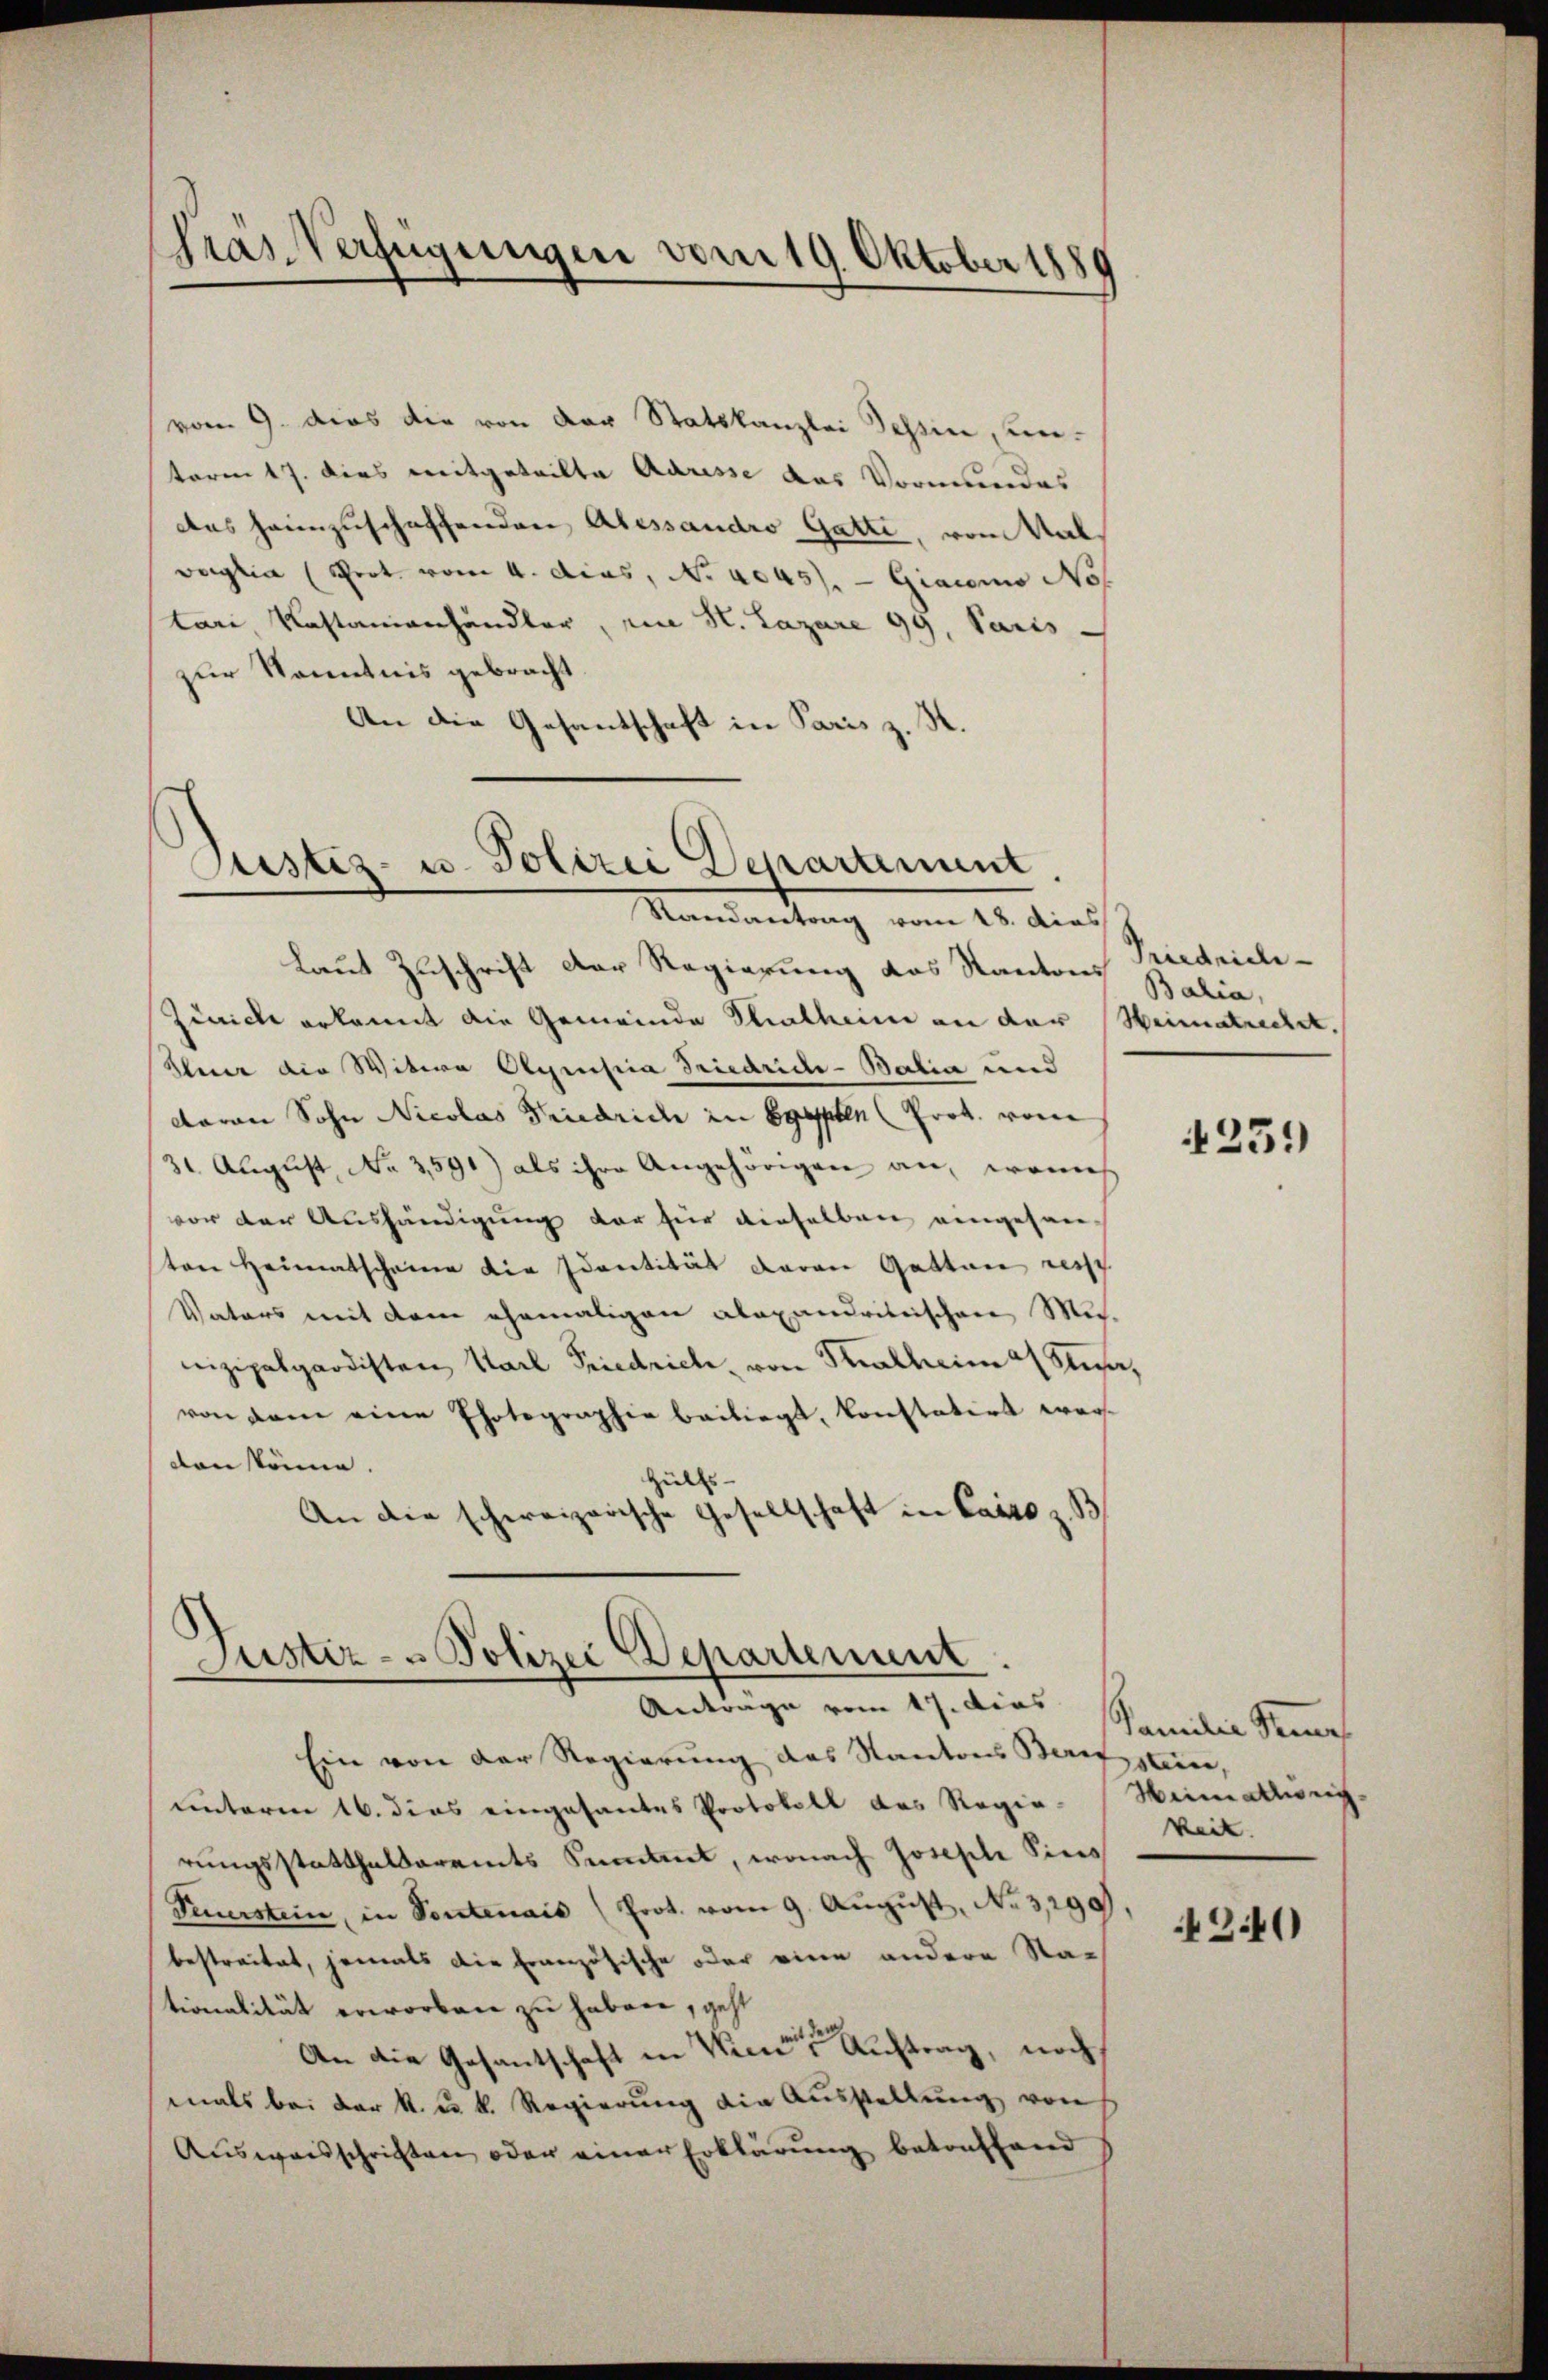
Gras Verfügungen vom 19. Oktober 1880

vom 9. dies die von der Statskanzlei Tessier, wenterm 17. dies mitgeteilte Adresse das Vormundes
das heimzuschaffenden Alessaudro Gatte, von Wal
voglia (Prot. vom 4. dcas, No 4045). — Giacomo No
tari, Kastamenhändler, in H. Lazare 99. Paris
zur Kenntnis gebracht.
An die Gesandschaft in Paris z. H.

Justiz- u. Polizei Departement.
Mandantung vom 20. dies

Duster - Polizei Departement
Anträge vom 17. dies Familie Sach

laut Zuschrift der Regierung das Kantons Balia,
Zürich erkannt die Gemeinde Thalheim an der
Aber die Witwe Alpensia Tricaride-Batia und
daran Sohn Nicolas Friedrich in Egypten (Prot. vom
31 August, No 3,591) als ihre Angehörigen an, wenn
vor der Aushändigung der für dieselben eingesanten Heimatscheiner die Identität daran Gatten reisch
Vaters mit dem ehemaligen alexandritischen Mi-
nizipalgardisten Karl Friedrich, von Thalheim a Susa,
von dem eine Photographie beiliegt, konstatirt werdon könne.
Hülfs- |
An die schweizerische Gesellschaft in Canto z. B

Ein von der Regierung des Kantons Berufstein,
unterm 16. dies eingesantes Protokoll des Regie-Heimatsweich-
rungsstatthalteramts Seitet, wonach Joseph Sies
Feuerstein, in Pontenais (Prot. vom 9. August, No 3,290)
bestreitet, jemals die Französische oder eine andere Stationalität erworben zu haben, geht
An die Gesantschaft in Wiener Auftrag, noch
mals bei der k. u. k. Regierung die Ausstellŭng von
Ausweisschriften oder einer Erklärung betreffend

Priedricle
Heimatrechet.

251)

keit. |

4240